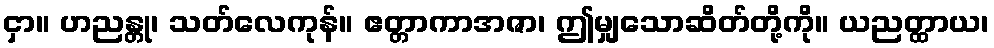
ငှာ။ ဟညန္တု၊ သတ်လေကုန်။ ဧတ္တာကာအဇာ၊ ဤမျှသောဆိတ်တို့ကို။ ယညတ္ထာယ၊